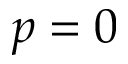
p = 0